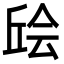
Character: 𫠴